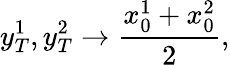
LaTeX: y_{T}^{1},y_{T}^{2}\to\frac{x_{0}^{1}+x_{0}^{2}}{2},